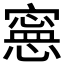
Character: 𡫇